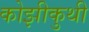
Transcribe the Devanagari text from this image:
कोझीकुथी